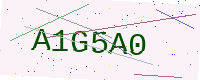
Text: A1G5A0